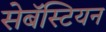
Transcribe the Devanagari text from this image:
सेबॅस्टियन